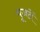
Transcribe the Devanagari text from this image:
पूजतें